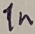
Text: 1n